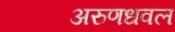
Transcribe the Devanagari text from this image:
अरुणधवल